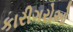
કારીગરોઓ